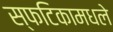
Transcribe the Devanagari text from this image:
स्फटिकामधले